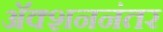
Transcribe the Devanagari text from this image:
अॅक्शननंतर